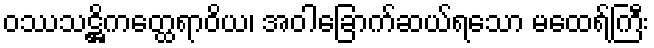
ဝဿသဋ္ဌိကတ္ထေရာဝိယ၊ အဝါခြောက်ဆယ်ရသော မထေရ်ကြီး